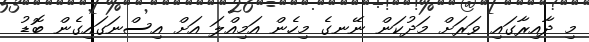
މި ދާއިރާގައި ވަރަށް މަދުކަން ނޭނގެ މިހެން އަމިއްލަ އަށް އިސްނަގައިގެން ބޮޑު